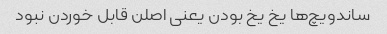
ساندویچ‌ها یخ یخ بودن یعنی اصلن قابل خوردن نبود